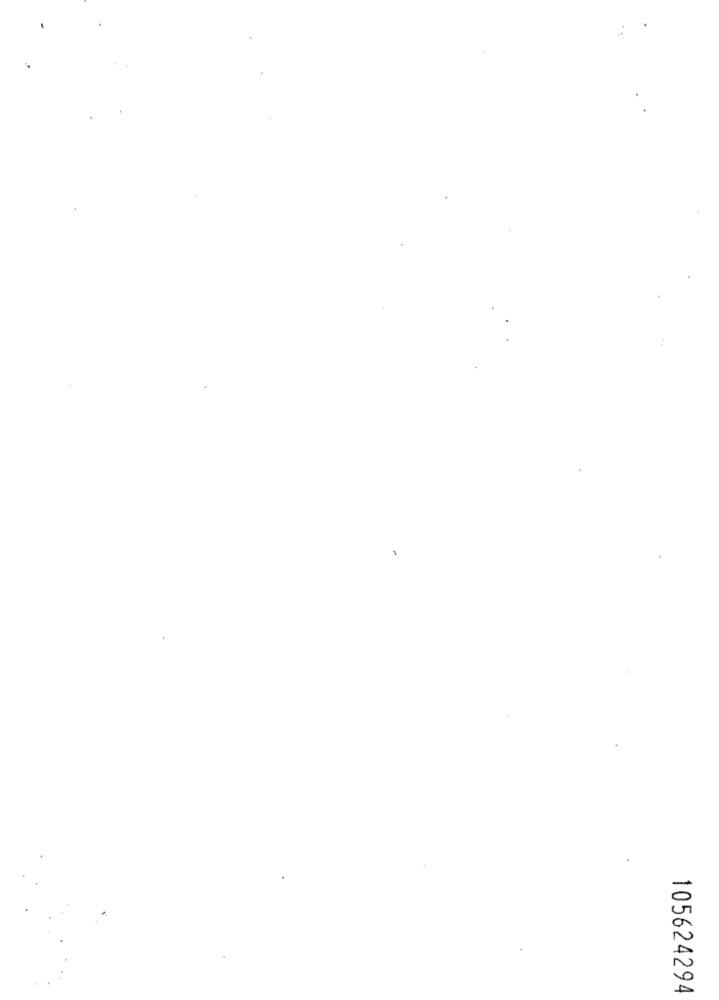
105624294